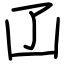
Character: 𠙶